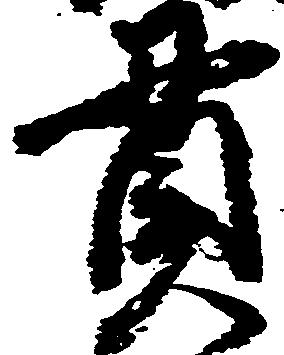
貫